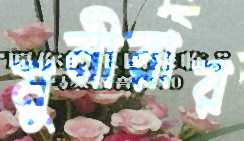
মুনীরার